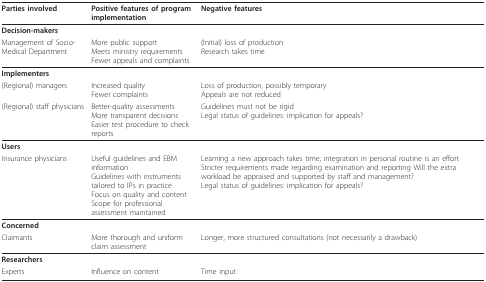
| Parties involved | Positive features of program implementation | Negative features |
 | --- | --- | --- |
 | Decision-makers |  |  |
 | Management of Socio-Medical Department | More public supportMeets ministry requirementsFewer appeals and complaints | (Initial) loss of productionResearch takes time |
 | Implementers |  |  |
 | (Regional) managers | Increased qualityFewer complaints | Loss of production, possibly temporaryAppeals are not reduced |
 | (Regional) staff physicians | Better-quality assessmentsMore transparent decisionsEasier test procedure to check reports | Guidelines must not be rigidLegal status of guidelines: implication for appeals? |
 | Users |  |  |
 | Insurance physicians | Useful guidelines and EBM informationGuidelines with instruments tailored to IPs in practiceFocus on quality and contentScope for professional assessment maintained | Learning a new approach takes time; integration in personal routine is an effortStricter requirements made regarding examination and reporting Will the extra workload be appraised and supported by staff and management?Legal status of guidelines: implication for appeals? |
 | Concerned |  |  |
 | Claimants | More thorough and uniform claim assessment | Longer, more structured consultations (not necessarily a drawback) |
 | Researchers |  |  |
 | Experts | Influence on content | Time input |